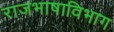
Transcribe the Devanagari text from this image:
राजभाषाविभाग